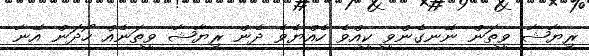
ރިޔާޝާ ވީތަން ނޭނގެންވީ ކީއްވެ ހެއްޔެވެ ދެން ރިޔާޝާ ވީތަނެއް ހޯދަން އޭނާ